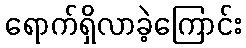
ရောက်ရှိလာခဲ့ကြောင်း